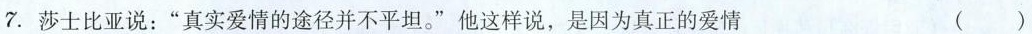
7.莎士比亚说：”真实爱情的途径并不平坦。”他这样说，是因为真正的爱情 ( )